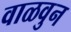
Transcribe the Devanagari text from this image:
वाळवुन